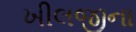
ખીલજીના